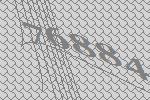
76884